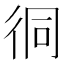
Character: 㣚